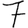
Digit: 7